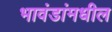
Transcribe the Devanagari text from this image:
भावंडांमधील